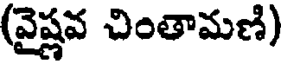
(వైష్ణవ చింతామణి)